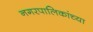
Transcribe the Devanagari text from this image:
नगरपालिकांच्या